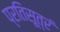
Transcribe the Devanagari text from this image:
प्रतिसूत्रं